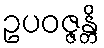
ဥပဝဇ္ဇန္တိ